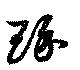
琢